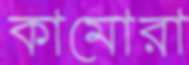
কামোরা